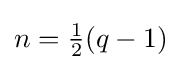
n={\tfrac {1}{2}}(q-1)